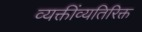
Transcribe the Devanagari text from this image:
व्यक्तींव्यतिरिक्त